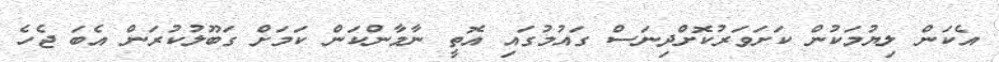
އެކަން ލިޔުމަކުން ކަށަވަރުކޮށްދިނަސް ގައުމުގައި އޮތީ ނާމާންކަން ކަމަށް ގަބޫލުކުރަން އެބަ ޖެހެ